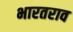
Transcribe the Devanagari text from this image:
भारतराव